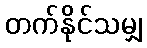
တက်နိုင်သမျှ